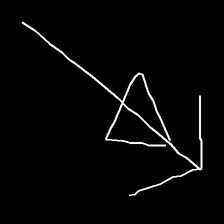
Glyph: pull